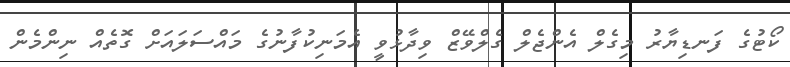
ކޯޓުގެ ފަނޑިޔާރު މިގެލް އެންޖެލް ގެލްވޭޒް ވިދާޅުވީ އެމަނިކުފާނުގެ މައްސަލައަށް ގޮތެއް ނިންމެން